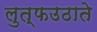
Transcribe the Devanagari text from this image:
लुत्फउठाते